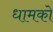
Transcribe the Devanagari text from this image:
धामको